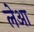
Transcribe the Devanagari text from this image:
लेआ